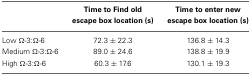
|  | Time to Find old escape box location (s) | Time to enter new escape box location (s) |
 | --- | --- | --- |
 | Low Ω-3:Ω-6 | 72.3 ± 22.3 | 136.8 ± 14.3 |
 | Medium Ω-3:Ω-6 | 89.0 ± 24.6 | 138.8 ± 19.9 |
 | High Ω-3:Ω-6 | 60.3 ± 17.6 | 130.1 ± 19.3 |